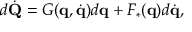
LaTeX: d { \dot { \mathbf { Q } } } = G ( \mathbf { q } , { \dot { \mathbf { q } } } ) d \mathbf { q } + F _ { * } ( \mathbf { q } ) d { \dot { \mathbf { q } } } ,